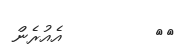
٨٢         އެއުރެން